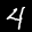
Label: 4